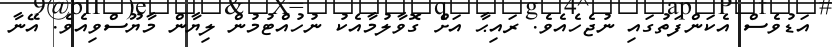
އަޑުވެސް އެކަންފަތުގައި ނުޖެހެއެވެ. ރައިޙާ އަށް ގޮވާލުމާއެކު ނުހުއްޓުމުން ލިޔާން މާޔޫސްވިއެވެ. އޭނާ